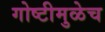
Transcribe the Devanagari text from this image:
गोष्टीमुळेच